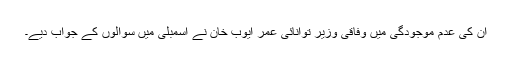
ان کی عدم موجودگی میں وفاقی وزیر توانائی عمر ایوب خان نے اسمبلی میں سوالوں کے جواب دیے۔